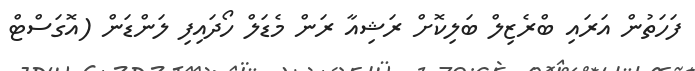
ފަހަތުން އަރައި ބްރެޒިލް ބަލިކޮށް ރަޝިއާ ރަން މެޑަލް ހޯދައިފި ލަންޑަން (އޮގަސްޓް